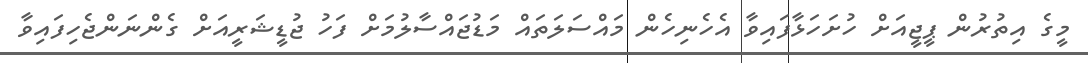
މީގެ އިތުރުން ޕީޖީއަށް ހުށަހަޅާފައިވާ އެހެނިހެން މައްސަލަތައް މަޑުޖައްސާލުމަށް ފަހު ޖުޑީޝަރީއަށް ގެންނަންޖެހިފައިވާ